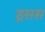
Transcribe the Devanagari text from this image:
ड्रसस